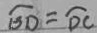
\widehat { B D } = \widehat { D C }